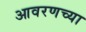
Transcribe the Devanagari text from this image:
आवरणच्या